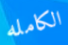
الكامله